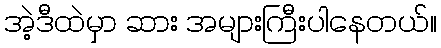
အဲ့ဒီထဲမှာ ဆား အများကြီးပါနေတယ်။